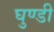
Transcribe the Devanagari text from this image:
घुण्डी